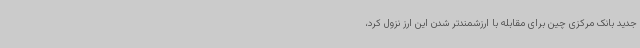
جدید بانک مرکزی چین برای مقابله با ارزشمندتر شدن این ارز نزول کرد،